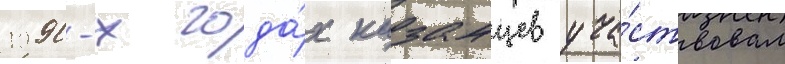
1990-х года́х казанцев уча́ствовал